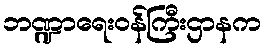
ဘဏ္ဍာရေးဝန်ကြီးဌာနက